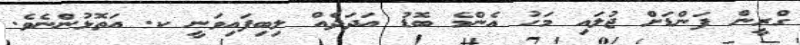
ގްރީން ފަންޑަށް ޖުލައި މަހު އެންމެ ބޮޑު އަދަދެއް ލިބިފައިވަނީ ކ. އަތޮޅުންނެވެ.